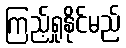
ကြည့်ရှုနိုင်မည်